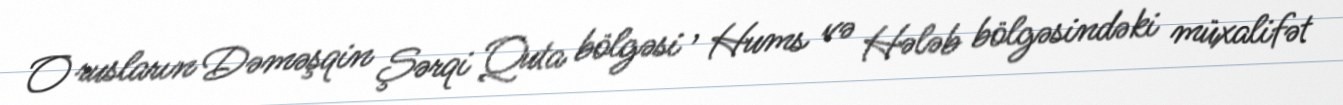
O rusların Dəməşqin Şərqi Quta bölgəsi , Hums və Hələb bölgəsindəki müxalifət